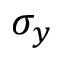
\sigma _ { y }